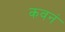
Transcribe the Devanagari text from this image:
कवनं